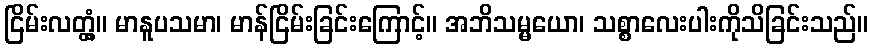
ငြိမ်းလတ္တံ့။ မာနူပသမာ၊ မာန်ငြိမ်းခြင်းကြောင့်။ အဘိသမ္မယော၊ သစ္စာလေးပါးကိုသိခြင်းသည်။